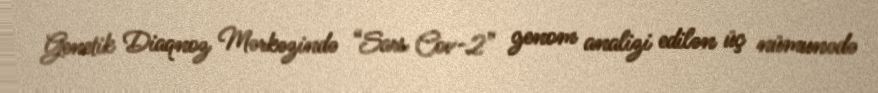
Genetik Diaqnoz Mərkəzində “Sars Cov-2” genom analizi edilən üç nümunədə